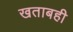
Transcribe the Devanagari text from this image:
खताबही